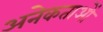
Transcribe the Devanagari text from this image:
अनेकताओं